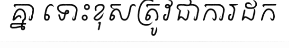
គ្នា ទោះខុសត្រូវជាការដក